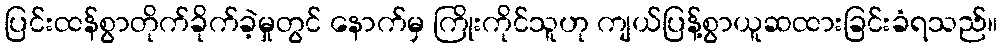
ပြင်းထန်စွာတိုက်ခိုက်ခဲ့မှုတွင် နောက်မှ ကြိုးကိုင်သူဟု ကျယ်ပြန့်စွာယူဆထားခြင်းခံရသည်။